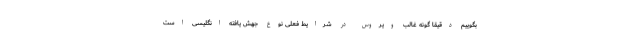
بگوییم دقیقا گونه غالب ویروس در شرایط فعلی نوع جهش یافته انگلیسی است